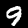
Digit: 9